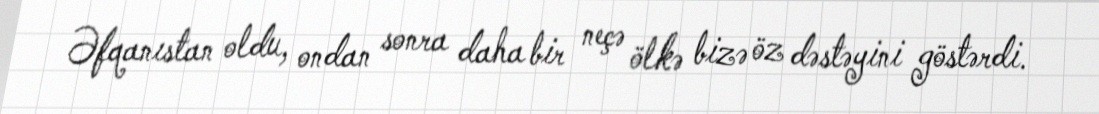
Əfqanıstan oldu, ondan sonra daha bir neçə ölkə bizə öz dəstəyini göstərdi.